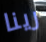
رينا